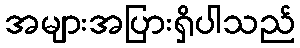
အများအပြားရှိပါသည်